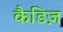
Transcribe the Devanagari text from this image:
कैडिज़